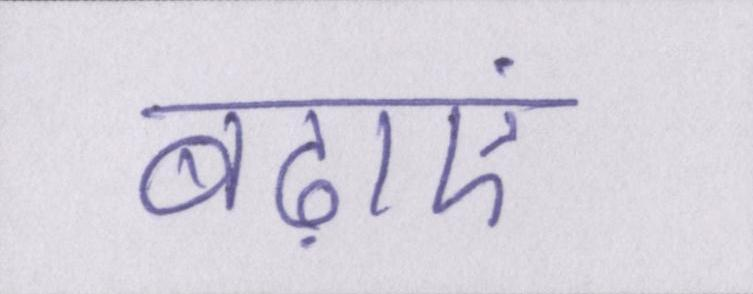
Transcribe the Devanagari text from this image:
बढ़ाएं।